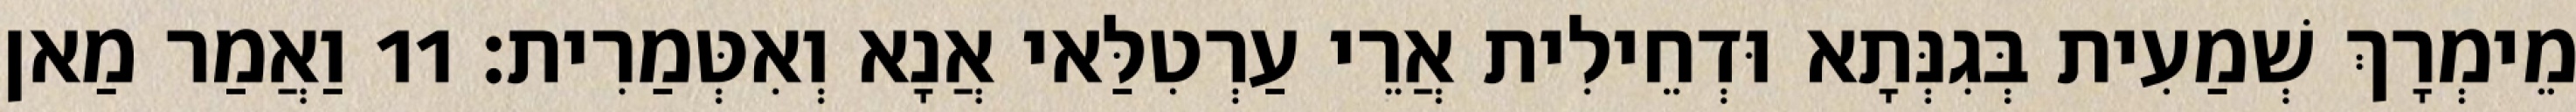
מֵימְרָךְ שְׁמַעִית בְּגִנְּתָא וּדְחֵילִית אֲרֵי עַרְטִלַּאי אֲנָא וְאִטְּמַרִית׃ 11 וַאֲמַר מַאן